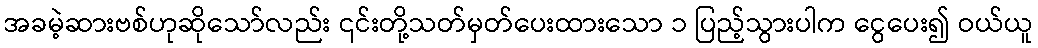
အခမဲ့ဆားဗစ်ဟုဆိုသော်လည်း ၎င်းတို့သတ်မှတ်ပေးထားသော ၁ ပြည့်သွားပါက ငွေပေး၍ ဝယ်ယူ